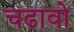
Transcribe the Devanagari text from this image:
चढावो